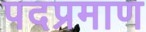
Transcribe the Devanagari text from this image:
पदप्रमाण